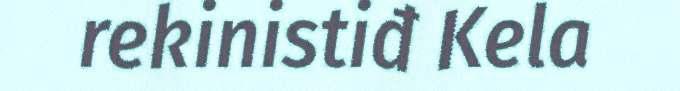
rekinistiđ Kela